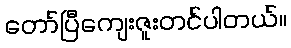
တော်ပြီကျေးဇူးတင်ပါတယ်။